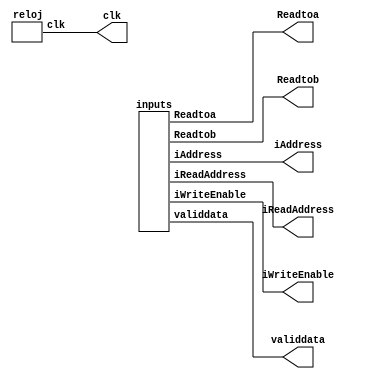
module generator(clk, validdata, Readtoa, Readtob, iWriteEnable, iAddress, iReadAddress);
output clk, Readtoa, Readtob, iWriteEnable;
output [7:0] validdata;
output [9:0] iAddress;
output [9:0] iReadAddress;

reloj r1(clk);
inputs d1(validdata, Readtoa, Readtob, iWriteEnable, iAddress, iReadAddress);

endmodule

//Generacion del reloj
module reloj(clk);
output reg clk;  
initial
  begin 
 
  clk = 0;
  end
  always
	begin
   #250 clk = 1;
   #250 clk = 0;
   
	end
endmodule

//Generacin de entradas a la memoria
module inputs (validdata, Readtoa, Readtob, iWriteEnable, iAddress, iReadAddress);
output reg Readtoa, Readtob, iWriteEnable ;
output reg [7:0] validdata;
output reg [9:0] iAddress;
output reg [9:0] iReadAddress;
initial
	begin
	
	#10 validdata = 8'd8; Readtoa = 0; Readtob = 0; iWriteEnable = 1; iAddress =10'd0; iReadAddress =10'd0;
	#500 validdata = 8'd8; Readtoa = 1; Readtob = 0; iWriteEnable = 0; iAddress =10'd0;iReadAddress =10'd0; 
	#1000 validdata = 8'd16; Readtoa = 0; Readtob = 0; iWriteEnable = 1; iAddress =10'd10; iReadAddress =10'd10;
	#1500 validdata = 8'd16; Readtoa = 0; Readtob = 1; iWriteEnable = 0; iAddress =10'd10; iReadAddress =10'd10; 
	#2000 validdata = 8'd32; Readtoa = 0; Readtob = 0; iWriteEnable = 1; iAddress =10'b0000011111;iReadAddress =10'b0000011111;
	#2500 validdata = 8'd32;  Readtoa = 1; Readtob = 0; iWriteEnable = 0;iAddress =10'b0000011111;iReadAddress =10'b0000011111;
	#3000 validdata = 8'd64;  Readtoa = 0; Readtob = 0; iWriteEnable = 1; iAddress =10'b1111111111;  iReadAddress =10'b1111111111;
	#3500 validdata = 8'd64;  Readtoa = 0; Readtob = 1; iWriteEnable = 0; iAddress =10'b1111111111;  iReadAddress =10'b1111111111;
	end
endmodule